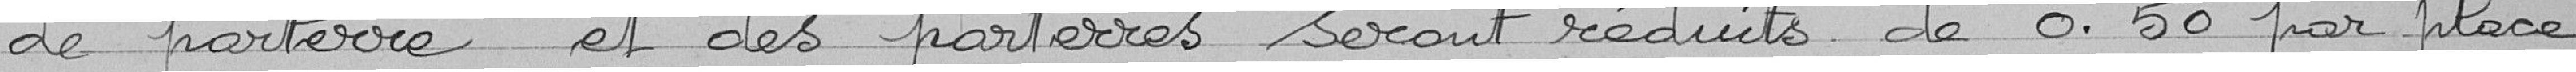
de parterre et des parterres seront réduits de 0.50 par place